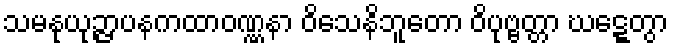
သမနုယုဉ္ဇာပနကထာဝဏ္ဏနာ ဝိသေနိဘူတော ဝိပုဗ္ဗတ္တာ ဃဋ္ဋေတွာ